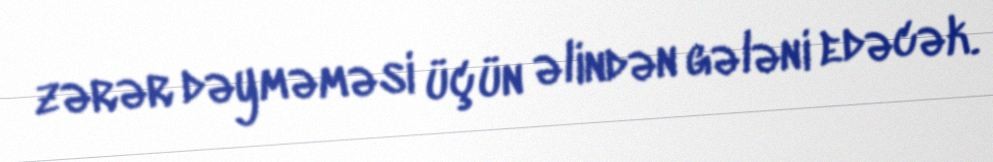
zərər dəyməməsi üçün əlindən gələni edəcək.